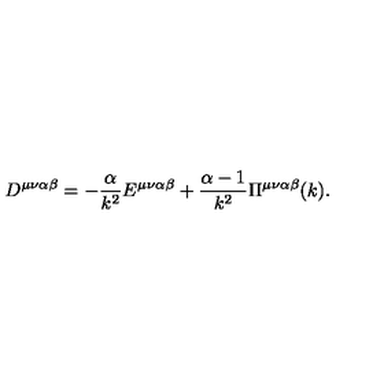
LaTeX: D ^ { \mu \nu \alpha \beta } = - \frac { \alpha } { k ^ { 2 } } E ^ { \mu \nu \alpha \beta } + \frac { \alpha - 1 } { k ^ { 2 } } \Pi ^ { \mu \nu \alpha \beta } ( k ) .